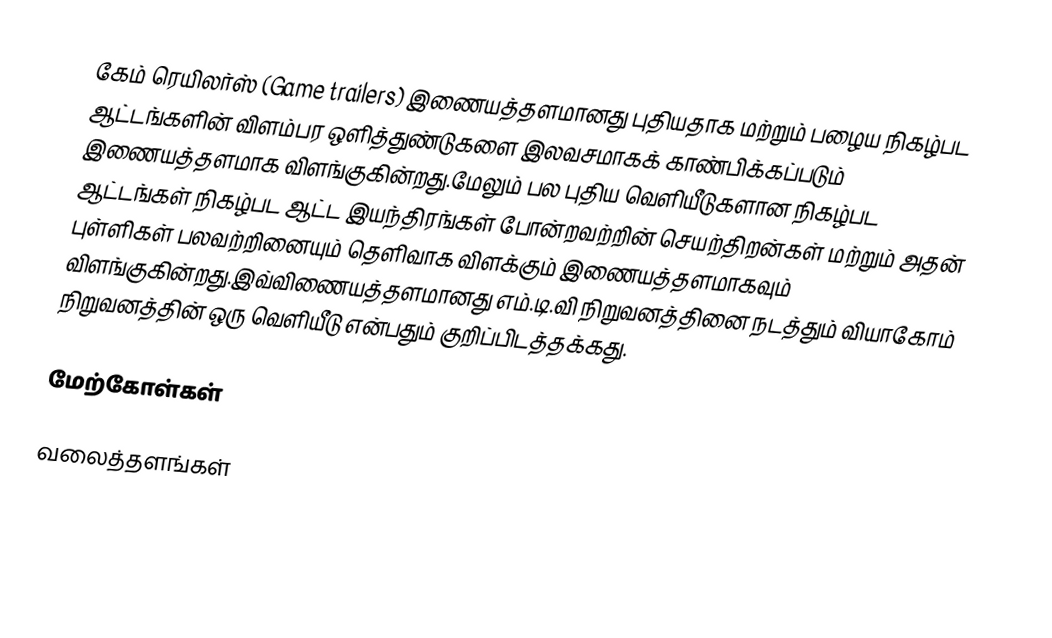
கேம் ரெயிலர்ஸ் (Game trailers) இணையத்தளமானது புதியதாக மற்றும் பழைய நிகழ்பட ஆட்டங்களின் விளம்பர ஒளித்துண்டுகளை இலவசமாகக் காண்பிக்கப்படும் இணையத்தளமாக விளங்குகின்றது.மேலும் பல புதிய வெளியீடுகளான நிகழ்பட ஆட்டங்கள் நிகழ்பட ஆட்ட இயந்திரங்கள் போன்றவற்றின் செயற்திறன்கள் மற்றும் அதன் புள்ளிகள் பலவற்றினையும் தெளிவாக விளக்கும் இணையத்தளமாகவும் விளங்குகின்றது.இவ்விணையத்தளமானது எம்.டி.வி நிறுவனத்தினை நடத்தும் வியாகோம் நிறுவனத்தின் ஒரு வெளியீடு என்பதும் குறிப்பிடத்தக்கது.

மேற்கோள்கள்

வலைத்தளங்கள்